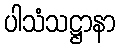
ပါသံသဋ္ဌာနာ